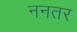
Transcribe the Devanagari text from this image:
ननतर